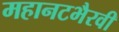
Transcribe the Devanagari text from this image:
महानटभैरवी